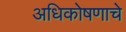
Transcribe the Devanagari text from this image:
अधिकोषणाचे